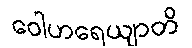
ဝေါဟရေယျာတိ